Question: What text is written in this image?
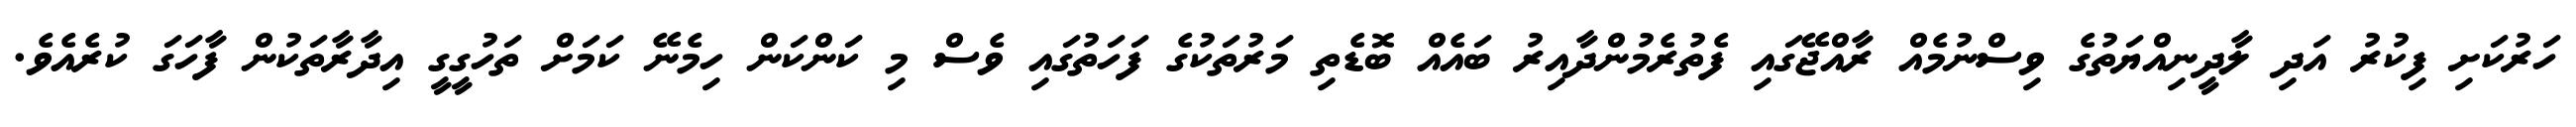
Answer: ހަރުކަށި ފިކުރު އަދި ލާދީނިއްޔަތުގެ ވިސްނުމެއް ރާއްޖޭގައި ފެތުރެމުންދާއިރު ބައެއް ބޮޑެތި މަރުތަކުގެ ފަހަތުގައި ވެސް މި ކަންކަން ހިމެނޭ ކަމަށް ތަހުގީގީ އިދާރާތަކުން ފާހަގަ ކުރެއެވެ.